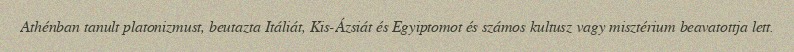
Athénban tanult platonizmust, beutazta Itáliát, Kis-Ázsiát és Egyiptomot és számos kultusz vagy misztérium beavatottja lett.